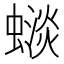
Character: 𧐽